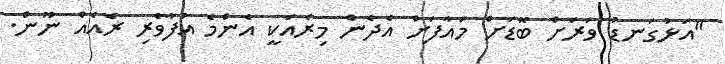
"އަޅުގަނޑު ވަރަށް ބޮޑަށް މައާފަށް އެދެން މިރެއަކީ އެންމެ އުފާވެރި ރެއެއް ނޫން.